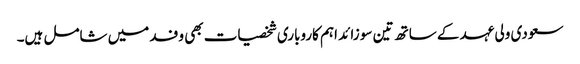
سعودی ولی عہد کے ساتھ تین سو زائد اہم کاروباری شخصیات بھی وفد میں شامل ہیں۔